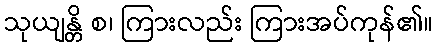
သုယျန္တိ စ၊ ကြားလည်း ကြားအပ်ကုန်၏။